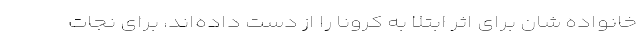
خانواده شان برای اثر ابتلا به کرونا را از دست داده‌اند، برای نجات